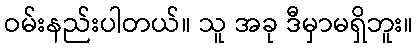
ဝမ်းနည်းပါတယ်။ သူ အခု ဒီမှာမရှိဘူး။